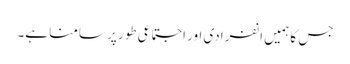
جس کا ہمیں انفرادی اور اجتماعی طور پر سامنا ہے۔